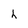
Character: h